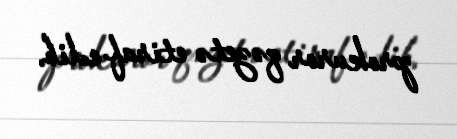
prokuror qəzetə etiraf edib.